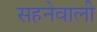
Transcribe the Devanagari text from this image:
सहनेवाली